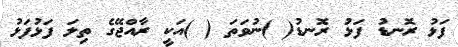
ފަޅު ރޮނޑު ފަޅު ރޮނޑު( )ނުވަތަ ( )އަކީ ރާއްޖޭގެ ތިލަ ފަޅުފަޅު